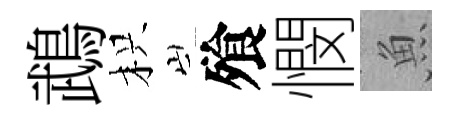
鵡枳飱憫魚